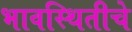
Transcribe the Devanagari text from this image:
भावस्थितीचे